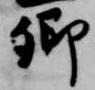
卿